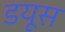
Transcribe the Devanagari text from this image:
डयूस